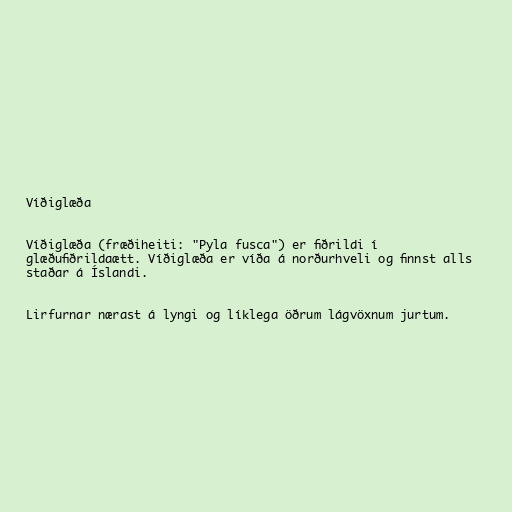
Víðiglæða

Víðiglæða (fræðiheiti: "Pyla fusca") er fiðrildi í
glæðufiðrildaætt. Víðiglæða er víða á norðurhveli og finnst alls
staðar á Íslandi.

Lirfurnar nærast á lyngi og líklega öðrum lágvöxnum jurtum.